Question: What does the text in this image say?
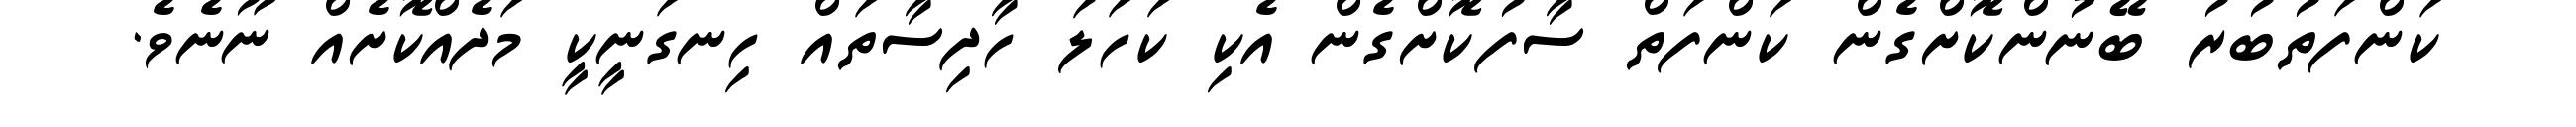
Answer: ކަންފަތުބުރު ބޭނުންކޮށްގެން ކަންފަތް ސާފުކޮށްގެން އެކި ކަހަލަ ހާދިސާތައް ހިނގަނީކީ މަދެއްކޮށެއް ނޫނެވެ.